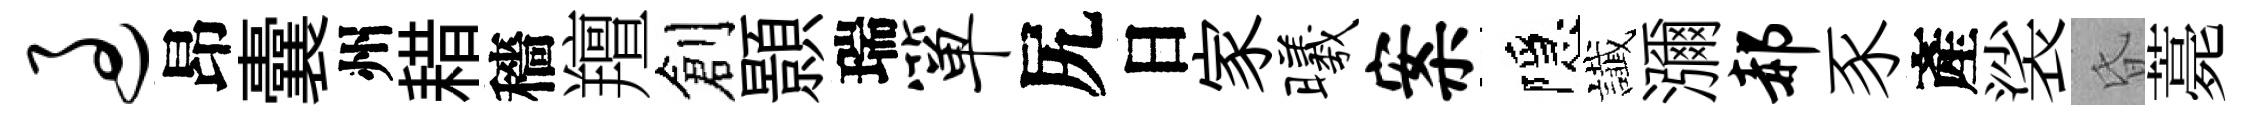
过昂囊州耤穡羶創顥瑞箪尻日家曦案隱䜟瀰郝豕產裟昏薧